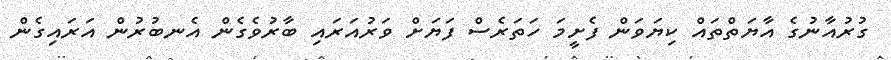
ގުރުއާނުގެ އާޔަތްތައް ކިޔަވަން ފެށީމަ ހަތަރެސް ފަޔަށް ވަރުއަރައި ބާރުވެގެން އެނބުރުން އަރައިގެން